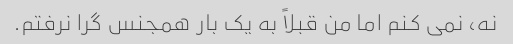
نه، نمی کنم اما من قبلاً به یک بار همجنس گرا نرفتم.